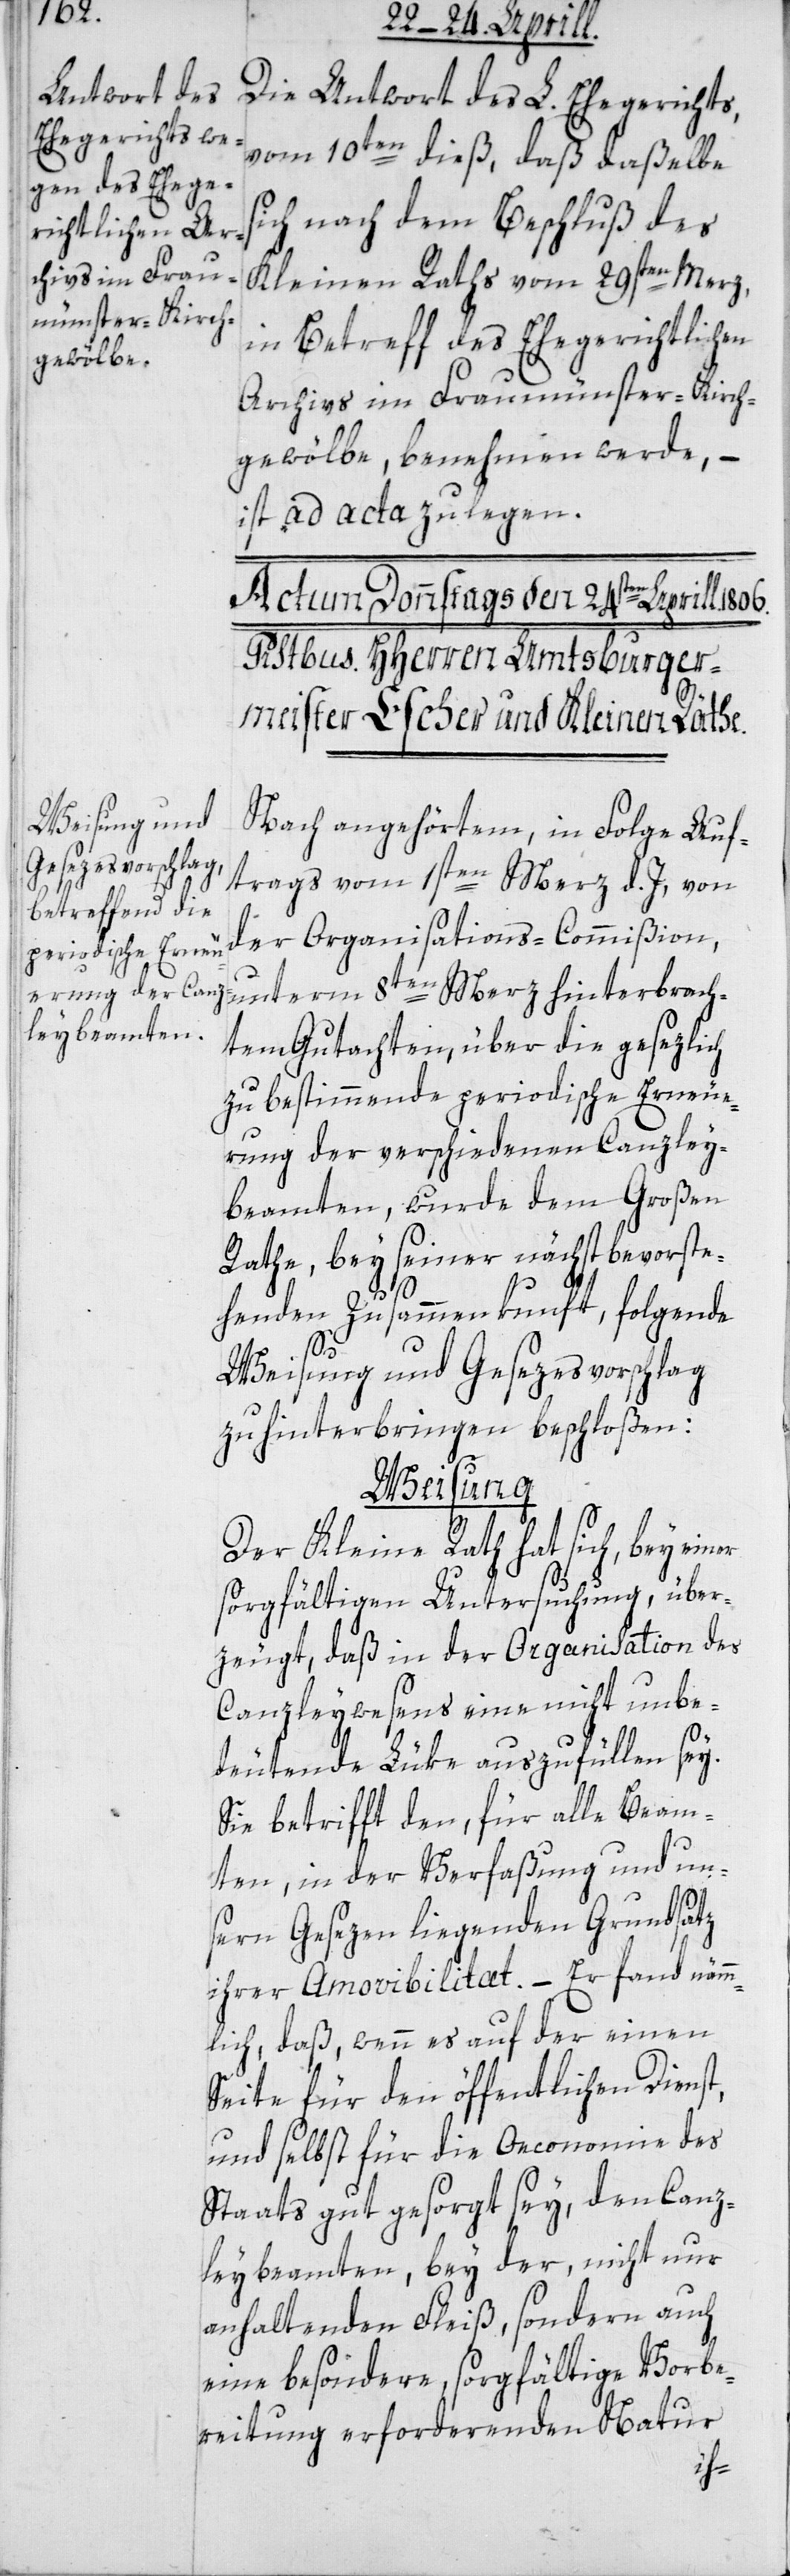
Die Antwort des L. Ehegerichts
vom 10ten dieß, daß daßelbe
ich nach dem Beschluß des
Kleinen Raths vom 29sten Merz,
in Betreff des Ehegerichtlichen
Archivs im Fraumünster-Kirch¬
gewölbe, benehmen werde, –
ist ad acta zu legen.
unterm 8ten Merz hinterbrach¬
Nach angehörtem, in Folge Auf¬
trags vom 1sten Merz d. J., von
der Organisations-Commißion,
tem Gutachten, über die gesezlich
zu bestimmende periodische Erneue¬
rung der verschiedenen Canzley¬
beamten, wurde dem Großen
Rathe, bey seiner nächst bevorste¬
henden Zusammenkunft, folgende
Weisung und Gesezesvorschlag
zu hinterbringen beschloßen:
Weisung
Der Kleine Rath hat sich, bey ein¬
sorgfältigen Untersuchung, über¬
zeugt, daß in der Organisation des
Canzleywesens eine nicht unbe¬
deutende Lüke auszufüllen sey.
Sie betrifft den, für alle Beam¬
ten, in der Verfaßung und un¬
sern Gesezen liegenden Grundsatz
ihrer Amovibilitæt. – Er fand nämm¬
lich, daß, wenn es auf der einen
Seite für den öffentlichen Dienst,
und selbst für die Oeconomie des
Staats gut gesorgt sey, den Canz¬
leybeamten, bey der, nicht nur
anhaltenden Fleiß, sondern auch
eine besondere sorgfältige Vorbe¬
reitung erfordernden Natur
er